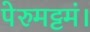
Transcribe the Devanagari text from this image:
पेरुमट्टमं।